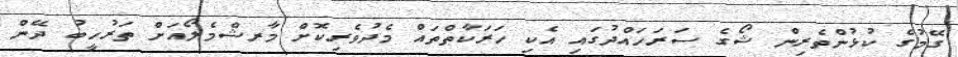
ގޭމުގެ ކުޅުންތެރިން ޝޯގެ ސަރަހައްދުގައި އެކި ހަރަކާތްތައް މެދުވެރިކޮށް މާރޝްމެލޯއަށް ތަރުހީބު ދޭން